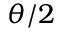
\theta / 2